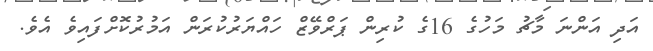
އަދި އަންނަ މާޗު މަހުގެ 16ގެ ކުރިން ޕަރްވޭޒް ހައްޔަރުކުރަން އަމުރުކޮށްފައިވެ އެވެ.